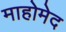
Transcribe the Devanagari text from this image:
माहोमेद